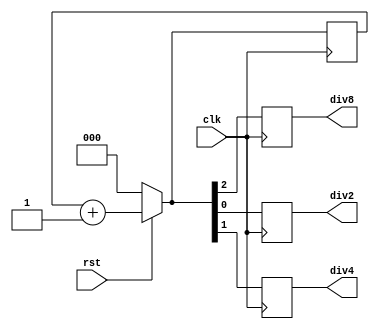
module clk_div(clk,rst,div2,div4,div8);
input clk,rst;
reg [2:0]count;
output reg div2,div4,div8;
always@(posedge clk)
begin
if(rst==0)
count=4'b0000;
else
count=count+1;
div2 = count[0];
div4 = count[1];
div8 = count[2];
end
endmodule